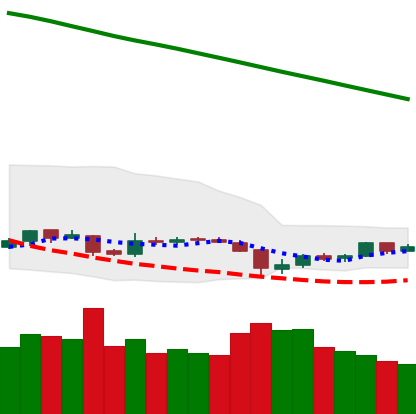
Ticker: EOS-USD
Chart end date: 2019-02-04
Forward return: 15.899%
Label: up_7plus